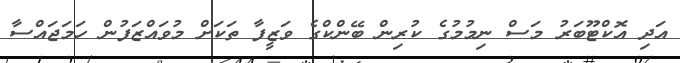
އަދި އޮކްޓޫބަރު މަސް ނިމުމުގެ ކުރިން ބޭންކްގެ ވަޒީފާ ތަކަށް މުވައްޒަފުން ހަމަޖައްސާ